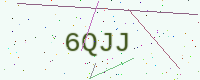
Text: 6QJJ